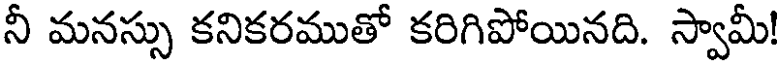
నీ మనస్సు కనికరముతో కరిగిపోయినది. స్వామీ!